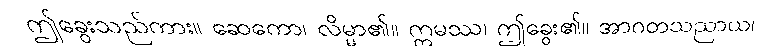
ဤခွေးသည်ကား။ ဆေကော၊ လိမ္မာ၏။ ဣမဿ၊ ဤခွေး၏။ အာဂတသညာယ၊